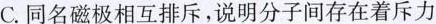
C.同名磁极相互排斥，说明分子间存在着斥力